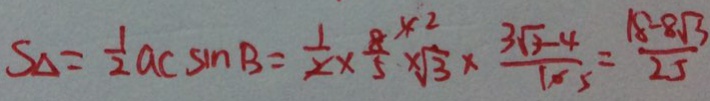
S _ { \Delta } = \frac { 1 } { 2 } a c \sin B = \frac { 1 } { 2 } \times \frac { 8 } { 5 } ^ { x 2 } \times \sqrt { 3 } \times \frac { 3 \sqrt { 3 } - 4 } { 1 0 5 } = \frac { 1 8 - 8 \sqrt { 3 } } { 2 5 }